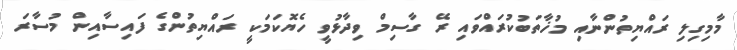
މާމިގިލި ރައްޔިތުންނާއި މުޚާތަބުކުރައްވައި ރޭ ގާސިމް ވިދާޅުވީ ހެޔޮކަމަކީ ރައްޔިތުންގެ ފައިސާއިން މުސާރަ